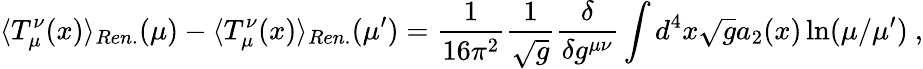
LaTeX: \langle T_{\mu}^{\nu}(x)\rangle_{Ren.}(\mu)-\langle T_{\mu}^{\nu}(x)\rangle_{Ren.}(\mu^{\prime})=\frac 1{16\pi^{2}}\frac 1{\sqrt{g}}\frac{\delta}{\delta g^{\mu\nu}}\int d^{4}x\sqrt{g}a_{2}(x)\ln(\mu/\mu^{\prime})\ ,